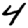
Digit: 4